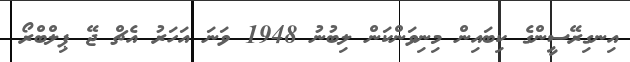
އިނގިރޭސީންގެ ކިބައިން މިނިވަންކަން ލިބުނު 1948 ވަނަ އަހަރު އެޗް ޖޭ ޕިލްބްރޯ